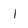
Character: 1